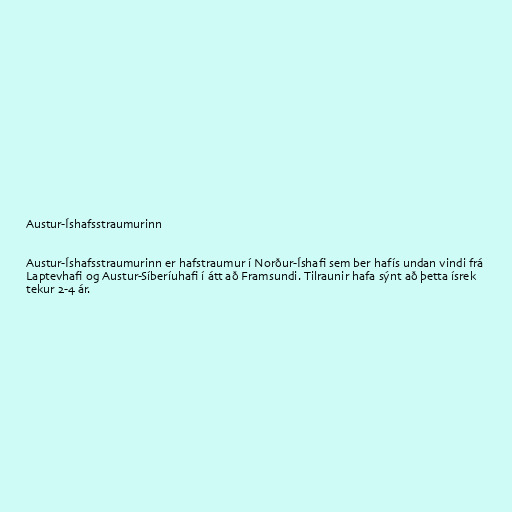
Austur-Íshafsstraumurinn

Austur-Íshafsstraumurinn er hafstraumur í Norður-Íshafi sem ber hafís undan vindi frá
Laptevhafi og Austur-Síberíuhafi í átt að Framsundi. Tilraunir hafa sýnt að þetta ísrek
tekur 2-4 ár.